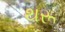
થરૂ